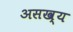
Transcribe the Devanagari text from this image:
असख्य